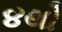
૪થો